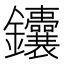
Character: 𬬥